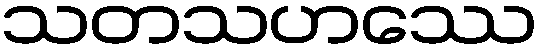
သတသဟဿေ